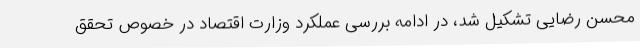
محسن رضایی تشکیل شد، در ادامه بررسی عملکرد وزارت اقتصاد در خصوص تحقق